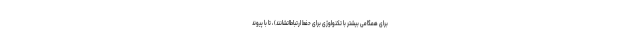
برای همگامی بیشتر با تکنولوژی برای حفط ارتباطاتشانند) ، تا با پیوند